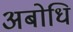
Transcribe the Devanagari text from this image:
अबोधि